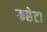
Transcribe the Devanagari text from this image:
कछेटा